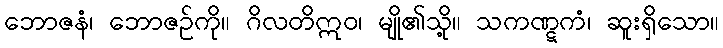
ဘောဇနံ၊ ဘောဇဉ်ကို။ ဂိလတိဣဝ၊ မျို၏သို့။ သကဏ္ဋကံ၊ ဆူးရှိသော။